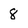
Character: 8